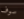
سوف